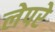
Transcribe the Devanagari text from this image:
लेपरे